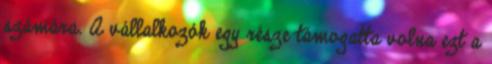
számára. A vállalkozók egy része támogatta volna ezt a